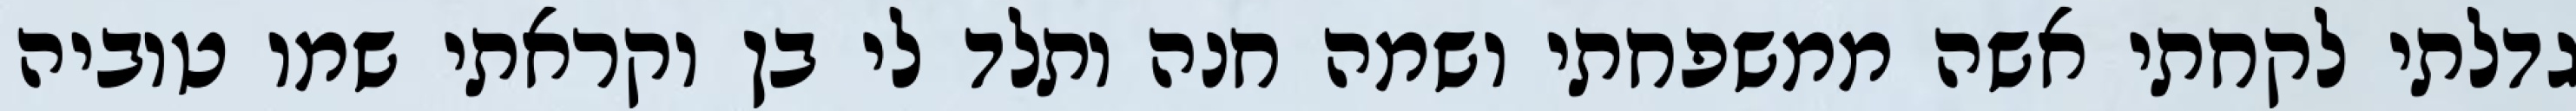
גדלתי לקחתי אשה ממשפחתי ושמה חנה ותלד לי בן וקראתי שמו טוביה